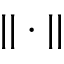
| | \cdot | |